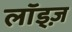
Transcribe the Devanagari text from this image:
लॉड्ज़